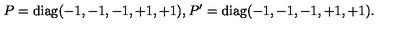
P = \mathrm { d i a g } ( - 1 , - 1 , - 1 , + 1 , + 1 ) , P ^ { \prime } = \mathrm { d i a g } ( - 1 , - 1 , - 1 , + 1 , + 1 ) . \,